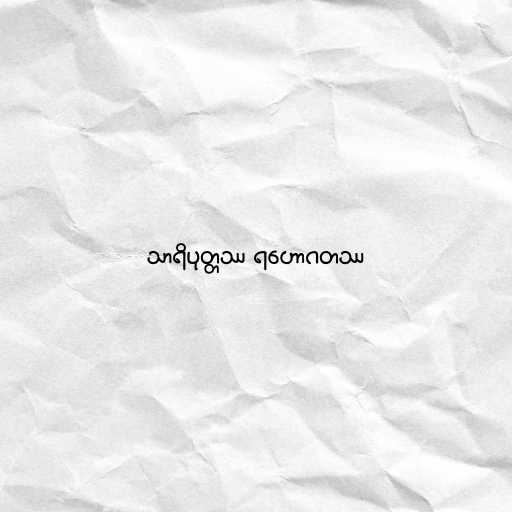
သာရိပုတ္တဿ ရဟောဂတဿ